Statistical return of the lunatic asylum in Assam - 1912-1932
Year: 1912
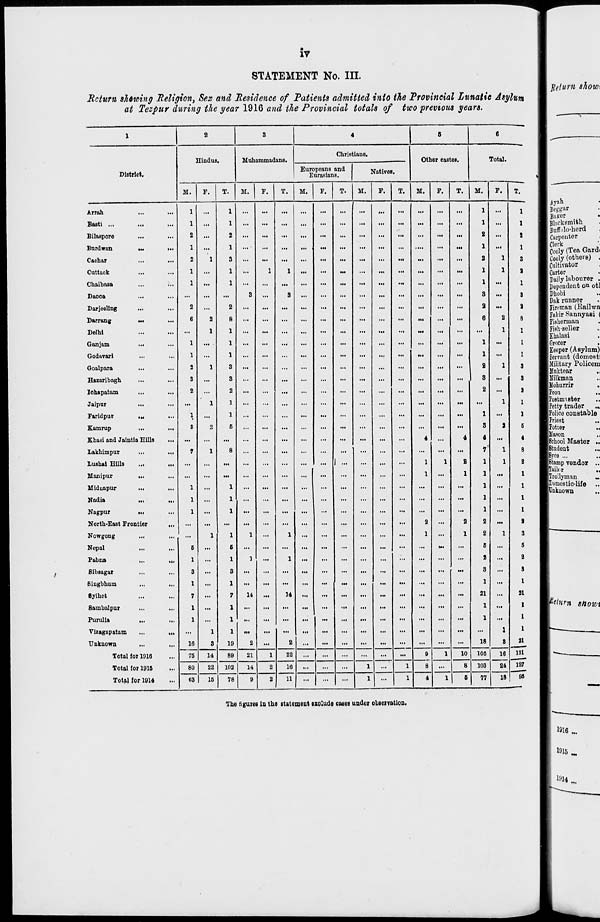
iv
STATEMENT No. III.
Return shewing Religion, Sex and Residence of Patients admitted into the Provincial Lunatic Asylum
at Tezpur during the year 1916 and the Provincial totals of two previous years.
1
2
3
4
6
6
Hindus.
Muhammadans.
Christians.
Other castes.
Total.
District.
Europeans and
Eurasians.
Natives.
M.
F.
T.
M.
F.
T.
M.
F.
T.
M.
F.
T.
M.
F.
T.
M.
F.
T.
Arrah
...
1
...
1
...
...
...
...
...
...
...
...
...
...
...
...
1
...
Basti ...
...
1
...
1
...
...
...
...
...
...
...
...
...
...
...
...
1
...
Bilaspore
...
2
...
2
...
...
...
...
...
...
...
...
...
...
...
...
2
...
Burdwan
aM
...
1
...
1
...
...
...
...
...
...
...
...
...
...
...
...
1
...
Cachar
...
2
1
3
...
...
...
...
...
...
...
...
...
...
...
...
2
1
Cut tack
...
1
...
1
...
1
1
...
...
...
...
...
...
...
...
...
1
1
Chaibasa
...
1
...
1
...
...
...
...
...
...
...
...
...
...
...
...
1
...
Dacca
...
...
...
...
3
...
3
...
...
...
...
...
...
...
...
...
3
...
Darjeellng
...
...
2
...
2
...
...
...
...
...
...
...
...
...
...
...
...
a ...
Darning
M.
...
6
2
8
...
...
...
...
...
...
...
...
...
...
...
...
6
2
Delhi
...
...
1
1
...
...
...
...
...
...
...
...
...
...
...
...
...
1
Ganjam
...
...
1
...
1
...
...
...
...
...
...
...
...
...
...
...
...
1
...
Godavari
...
1
...
1
...
...
...
...
...
...
...
...
...
...
...
...
1
...
Goalpara
...
2
1
3
...
...
...
...
...
...
...
...
...
...
...
...
2
1
Hazaribagh
...
3
...
3
...
...
...
...
...
...
...
...
...
...
...
...
3
...
Iohapatam
...
2
...
2
...
...
...
...
...
...
...
...
...
...
...
...
2
...
Jaipur
...
...
1
1
...
...
...
...
...
...
...
...
...
...
...
...
...
1
Faridpur
, M
...
1
...
1
...
...
...
...
...
...
...
...
...
...
...
...
1
...
Kamrup
...
8
2
6
...
...
...
...
...
...
...
...
...
...
...
...
3
2
Khasi and Jaintia Hills
...
...
...
...
...
...
...
...
...
...
...
...
...
4
...
4
...
Lathi in pur
...
7
1
8
...
...
...
...
...
... ' ...
...
...
...
...
...
1
lushai Hills
...
...
...
...
...
...
...
...
...
... 1 ... ... ... ...
1
1
8
1
Manipur
...
...
...
...
...
...
...
...
...
...
...
...
...
...
1
...
1
...
Miduapur
...
1
...
1
...
...
...
...
...
...
...
...
...
...
...
...
...
Nadia
...
1
...
1
...
...
...
...
...
...
...
...
...
...
...
...
...
Nagpur
...
...
1
...
1
...
...
...
...
...
...
...
...
...
...
...
...
...
North-East Frontier
...
...
...
...
...
...
...
...
...
...
...
...
...
2
...
2
2
...
9
Kowgong
...
...
...
1
1
1
...
1
...
...
...
...
...
...
1
...
1
2
1
3
Nepal
...
...
B
...
6
...
...
...
...
...
...
...
...
...
...
IM
...
6
...
5
Pabna
...
1
...
1
1
...
1
...
...
...
...
...
...
...
...
...
2
...
2
Sibsagar
...
S
...
3
...
...
...
...
...
...
...
...
...
...
...
«.
3
...
3
Singbhum
...
1
...
1
...
...
...
...
...
...
...
...
...
...
...
...
1
...
1
8ylhet
...
7
...
7
14
...
14
...
...
...
...
...
...
...
...
...
21
...
21
Sambalpur
...
1
...
1
...
...
...
...
...
...
...
...
...
...
...
...
1
...
1
Purulia
...
...
1
...
1
...
...
...
...
...
...
...
...
...
...
...
...
1
...
1
Vizagapatam
...
...
1
1
...
...
...
...
...
...
...
...
...
...
...
...
...
1
1
Unknown
...
16
3
19
2
...
2
...
...
...
...
...
...
...
...
...
18
8
21
Total for 1016
76
14
89
21
1
22
...
...
...
...
...
...
9
1
10
105
16
_ 24
121
Total lor 1915
80
22
102
14
2
10
...
...
...
1
...
1
8
...
8
103
127
Total for 1914
63
16
78
9
2
11
...
...
...
1
...
1
4
1
6
77
18
96
The figures in the statement exclude coses under obseivotlon.